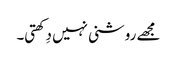
مجھے روشنی نہیں دِکھتی۔